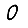
Digit: 0